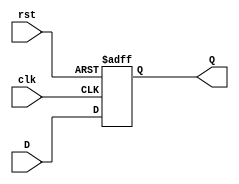
module stage_register (
    input wire clk,    // Clock signal
    input wire rst,    // Asynchronous reset signal
    input wire [N-1:0] D, // Data input signal (N bits wide)
    output reg [N-1:0] Q  // Data output signal (N bits wide)
);
  
  // Parameter to define the width of the register
  parameter N = 8; // Set the width to 8 bits (can be modified)

  // Sequential logic for the register
  always @(posedge clk or posedge rst) begin
    if (rst) begin
      Q <= {N{1'b0}}; // Asynchronous reset to 0
    end else begin
      Q <= D; // Capture input data on clock edge
    end
  end

endmodule